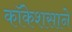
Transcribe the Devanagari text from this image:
कॉकेशसाने